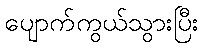
ပျောက်ကွယ်သွားပြီး